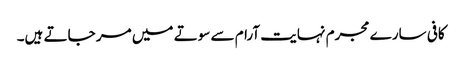
کافی سارے مجرم نہایت آرام سے سوتے میں مر جاتے ہیں۔